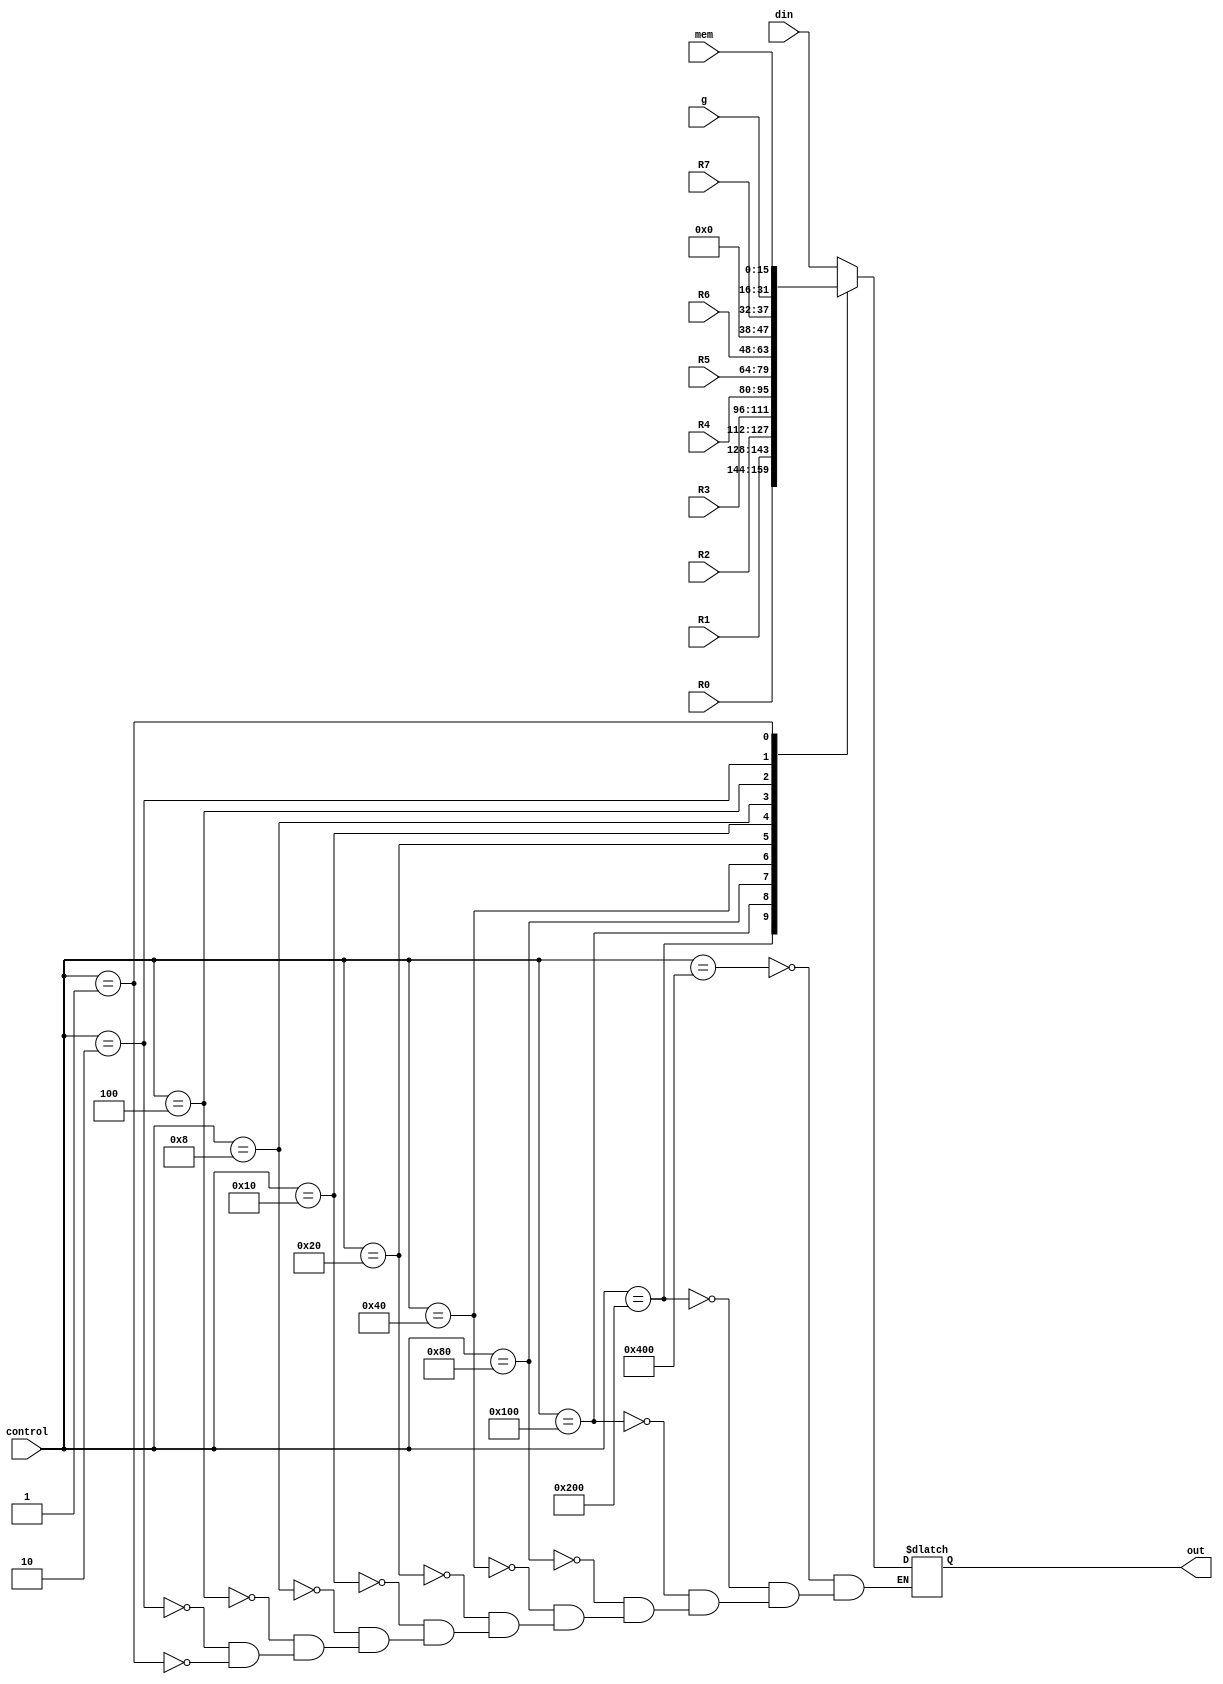
module multiplex(
	input [15:0] din, R0, R1, R2, R3, R4, R5, R6, 
	input [5:0] R7, 
	input [15:0] g, mem, 
	input [0:10] control, 
	output reg [15:0] out
	);

	always@(control) 
		begin
				case (control)
					11'b10000000000: out = din;
					11'b01000000000: out = R0;
					11'b00100000000: out = R1;
					11'b00010000000: out = R2;
					11'b00001000000: out = R3;
					11'b00000100000: out = R4;
					11'b00000010000: out = R5;
					11'b00000001000: out = R6;
					11'b00000000100: out = {4'b0,R7};
					11'b00000000010: out = g;
					11'b00000000001: out = mem;
				endcase
		end
endmodule